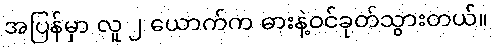
အပြန်မှာ လူ ၂ ယောက်က ဓားနဲ့ဝင်ခုတ်သွားတယ်။